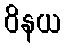
ဝိနယ